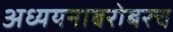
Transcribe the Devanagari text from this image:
अध्ययनाबरोबरच